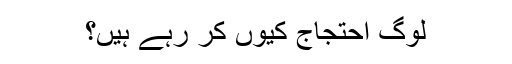
لوگ احتجاج کیوں کر رہے ہیں؟